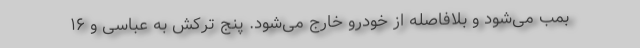
بمب می‌شود و بلافاصله از خودرو خارج می‌شود. پنج ترکش به عباسی و ۱۶